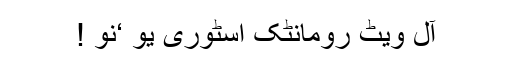
آل ویٹ رومانٹک اسٹوری یو ‘نو !